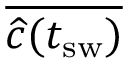
\overline { { \widehat { c } ( t _ { \mathrm { s w } } ) } }